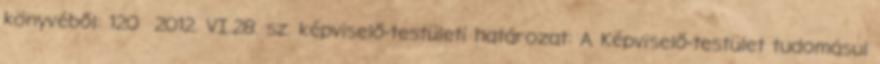
könyvéből: 120 2012. VI.28. sz. képviselő-testületi határozat: A Képviselő-testület tudomásul